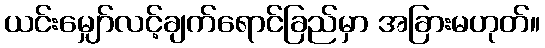
ယင်းမျှော်လင့်ချက်ရောင်ခြည်မှာ အခြားမဟုတ်။